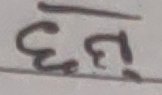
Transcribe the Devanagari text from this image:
छुनु